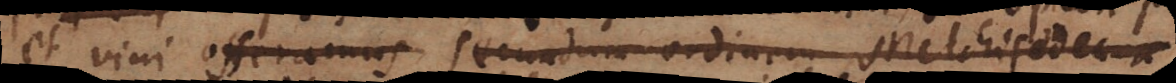
et vini offeramus secundum ordinem Melchisedec